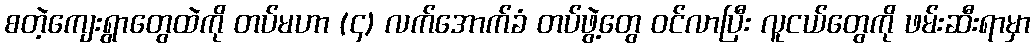
စတဲ့ကျေးရွာတွေထဲကို တပ်မဟာ (၄) လက်အောက်ခံ တပ်ဖွဲ့တွေ ဝင်လာပြီး လူငယ်တွေကို ဖမ်းဆီးရာမှာ